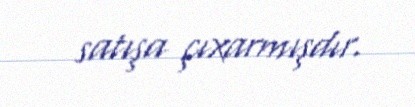
satışa çıxarmışdır.